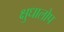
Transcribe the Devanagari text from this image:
क्षुधालोप